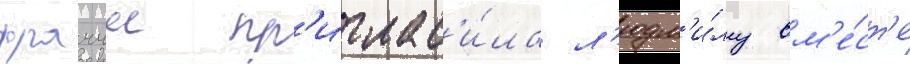
фраччи пр'иглас'и́ла л'юдм'и́лу вм'е́ст'е